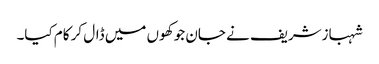
شہبازشریف نے جان جو کھوں میں ڈال کر کام کیا۔